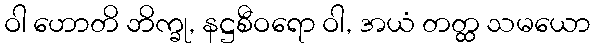
ဝါ ဟောတိ ဘိက္ခု, နဋ္ဌစီဝရော ဝါ, အယံ တတ္ထ သမယော